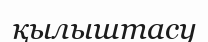
қылыштасу